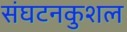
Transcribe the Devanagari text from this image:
संघटनकुशल